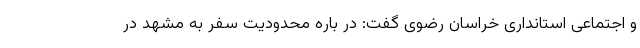
و اجتماعی استانداری خراسان رضوی گفت: در باره محدودیت سفر به مشهد در